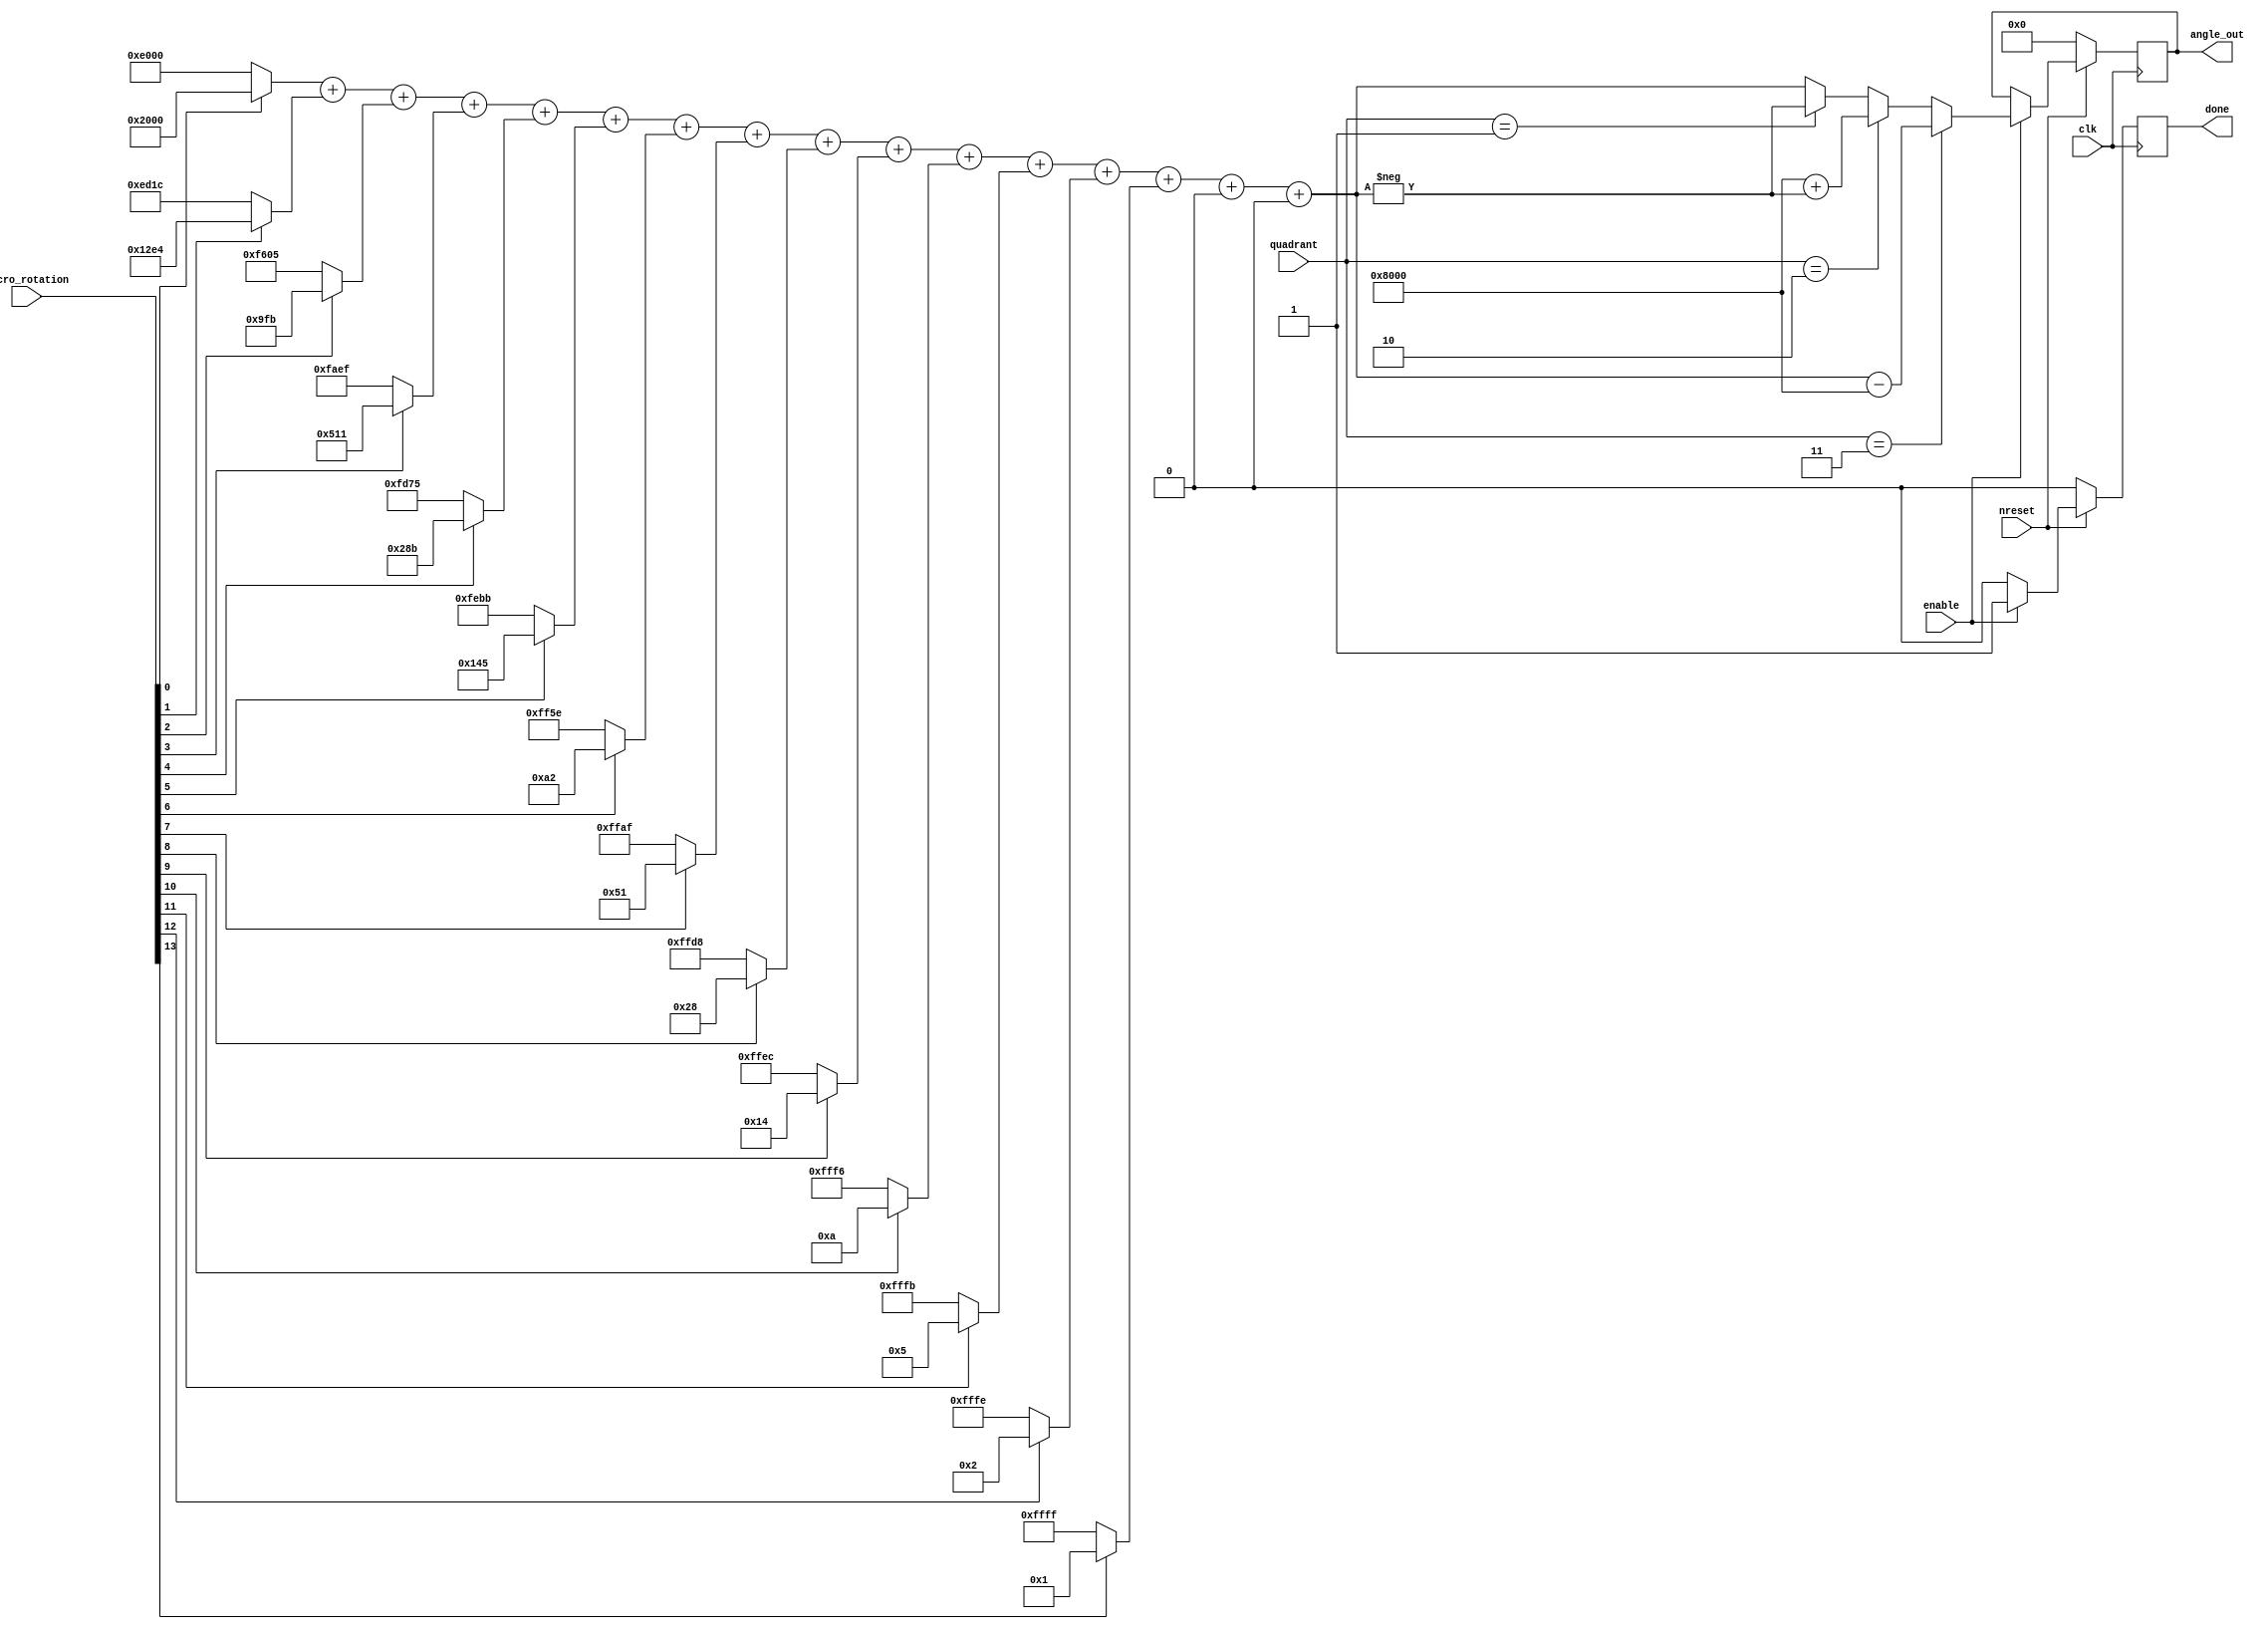
`timescale 1ns / 1ps

module micro_to_angle #(parameter cordic_steps=16,angle_width=16)(
    input clk,
    input nreset,
    input enable,
    input [1:0]quadrant,
    input [cordic_steps-1:0]micro_rotation,
    output reg signed [angle_width-1:0]angle_out,
    output reg done
    );
    
//    parameter counter_width = $clog2(cordic_steps);
    wire signed [angle_width-1:0] atan [cordic_steps-1:0];
    assign atan[0] = 20'h02000;// pi/4
    assign atan[1] = 20'h012E4;
    assign atan[2] = 20'h009FB;
    assign atan[3] = 20'h00511;
    assign atan[4] = 20'h0028B;
    assign atan[5] = 20'h00145;
    assign atan[6] = 20'h000A2;
    assign atan[7] = 20'h00051;
    assign atan[8] = 20'h00028;
    assign atan[9] = 20'h00014;
    assign atan[10] = 20'h0000A;
    assign atan[11] = 20'h00005;
    assign atan[12] = 20'h00002;
    assign atan[13] = 20'h00001;
    assign atan[14] = 20'h00000;
    assign atan[15] = 20'h00000;
    
    wire signed [angle_width-1:0]angle_temp;
    
    assign angle_temp = (micro_rotation[0]?atan[0]:$signed(-atan[0])) + (micro_rotation[1]?atan[1]:$signed(-atan[1])) + (micro_rotation[2]?atan[2]:$signed(-atan[2])) + 
    (micro_rotation[3]?atan[3]:$signed(-atan[3])) + (micro_rotation[4]?atan[4]:$signed(-atan[4])) + (micro_rotation[5]?atan[5]:$signed(-atan[5])) +
    (micro_rotation[6]?atan[6]:$signed(-atan[6])) + (micro_rotation[7]?atan[7]:$signed(-atan[7])) + (micro_rotation[8]?atan[8]:$signed(-atan[8])) +
    (micro_rotation[9]?atan[9]:$signed(-atan[9])) + (micro_rotation[10]?atan[10]:$signed(-atan[10])) + (micro_rotation[11]?atan[11]:$signed(-atan[11])) +
    (micro_rotation[12]?atan[12]:$signed(-atan[12])) + (micro_rotation[13]?atan[13]:$signed(-atan[13])) + (micro_rotation[14]?atan[14]:$signed(-atan[14])) +
    (micro_rotation[15]?atan[15]:$signed(-atan[15]));
    
    always @(posedge clk) begin
        if (~nreset) begin
            angle_out <= {angle_width{1'b0}};
            done <= 1'b0;
        end
        else begin
            if (enable) begin
                if (quadrant == 2'b11) begin
                    angle_out <= $signed(angle_temp) - $signed(20'h08000);
                end
                else if (quadrant == 2'b10) begin
                    angle_out <= $signed(20'h08000) + $signed(-angle_temp);
                end
                else if (quadrant == 2'b01) begin
                    angle_out <= $signed(-angle_temp);
                end
                else begin
                    angle_out <= angle_temp;
                end
                done <= 1'b1;
            end
            else begin
                done <= 1'b0;
            end
        end
    end
endmodule